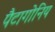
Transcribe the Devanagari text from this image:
पैटागोनिय